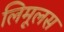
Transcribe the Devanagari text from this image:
लिमूलस